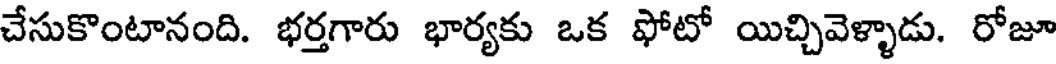
చేసుకొంటానంది. భర్తగారు భార్యకు ఒక ఫోటో యిచ్చివెళ్ళాడు. రోజూ